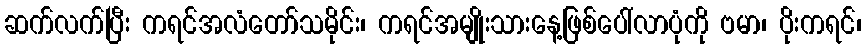
ဆက်လက်ပြီး ကရင်အလံတော်သမိုင်း၊ ကရင်အမျိုးသားနေ့ဖြစ်ပေါ်လာပုံကို ဗမာ၊ ပိုးကရင်၊